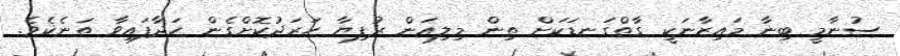
ސުނާމީ ބިނާ މައިޒާނަކީ ގާތްގަނޑަކަށް ތިން މިލިއަން ރުފިޔާ ހަރަދުކޮށްގެން ހަދާފައިވާ ތަނެކެވެ.